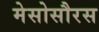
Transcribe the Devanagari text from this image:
मेसोसौरस